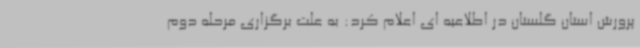
پرورش استان گلستان در اطلاعیه ای اعلام کرد: به علت برگزاری مرحله دوم